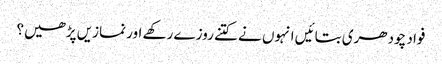
فواد چودھری بتائیں انہوں نے کتنے روزے رکھے اور نمازیں پڑھیں؟